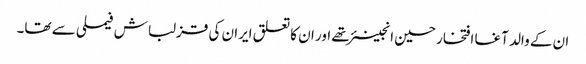
ان کے والد آغا افتخار حسین انجینئر تھے اور ان کا تعلق ایران کی قزلباش فیملی سے تھا۔